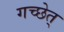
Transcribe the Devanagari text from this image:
गच्छेत्